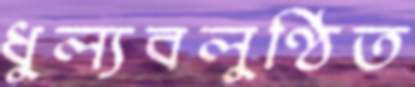
ধুল্যবলুণ্ঠিত